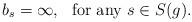
LaTeX: \begin{align*}b_s=\infty,~ ~\mbox{for any}~s\in S(g).\end{align*}